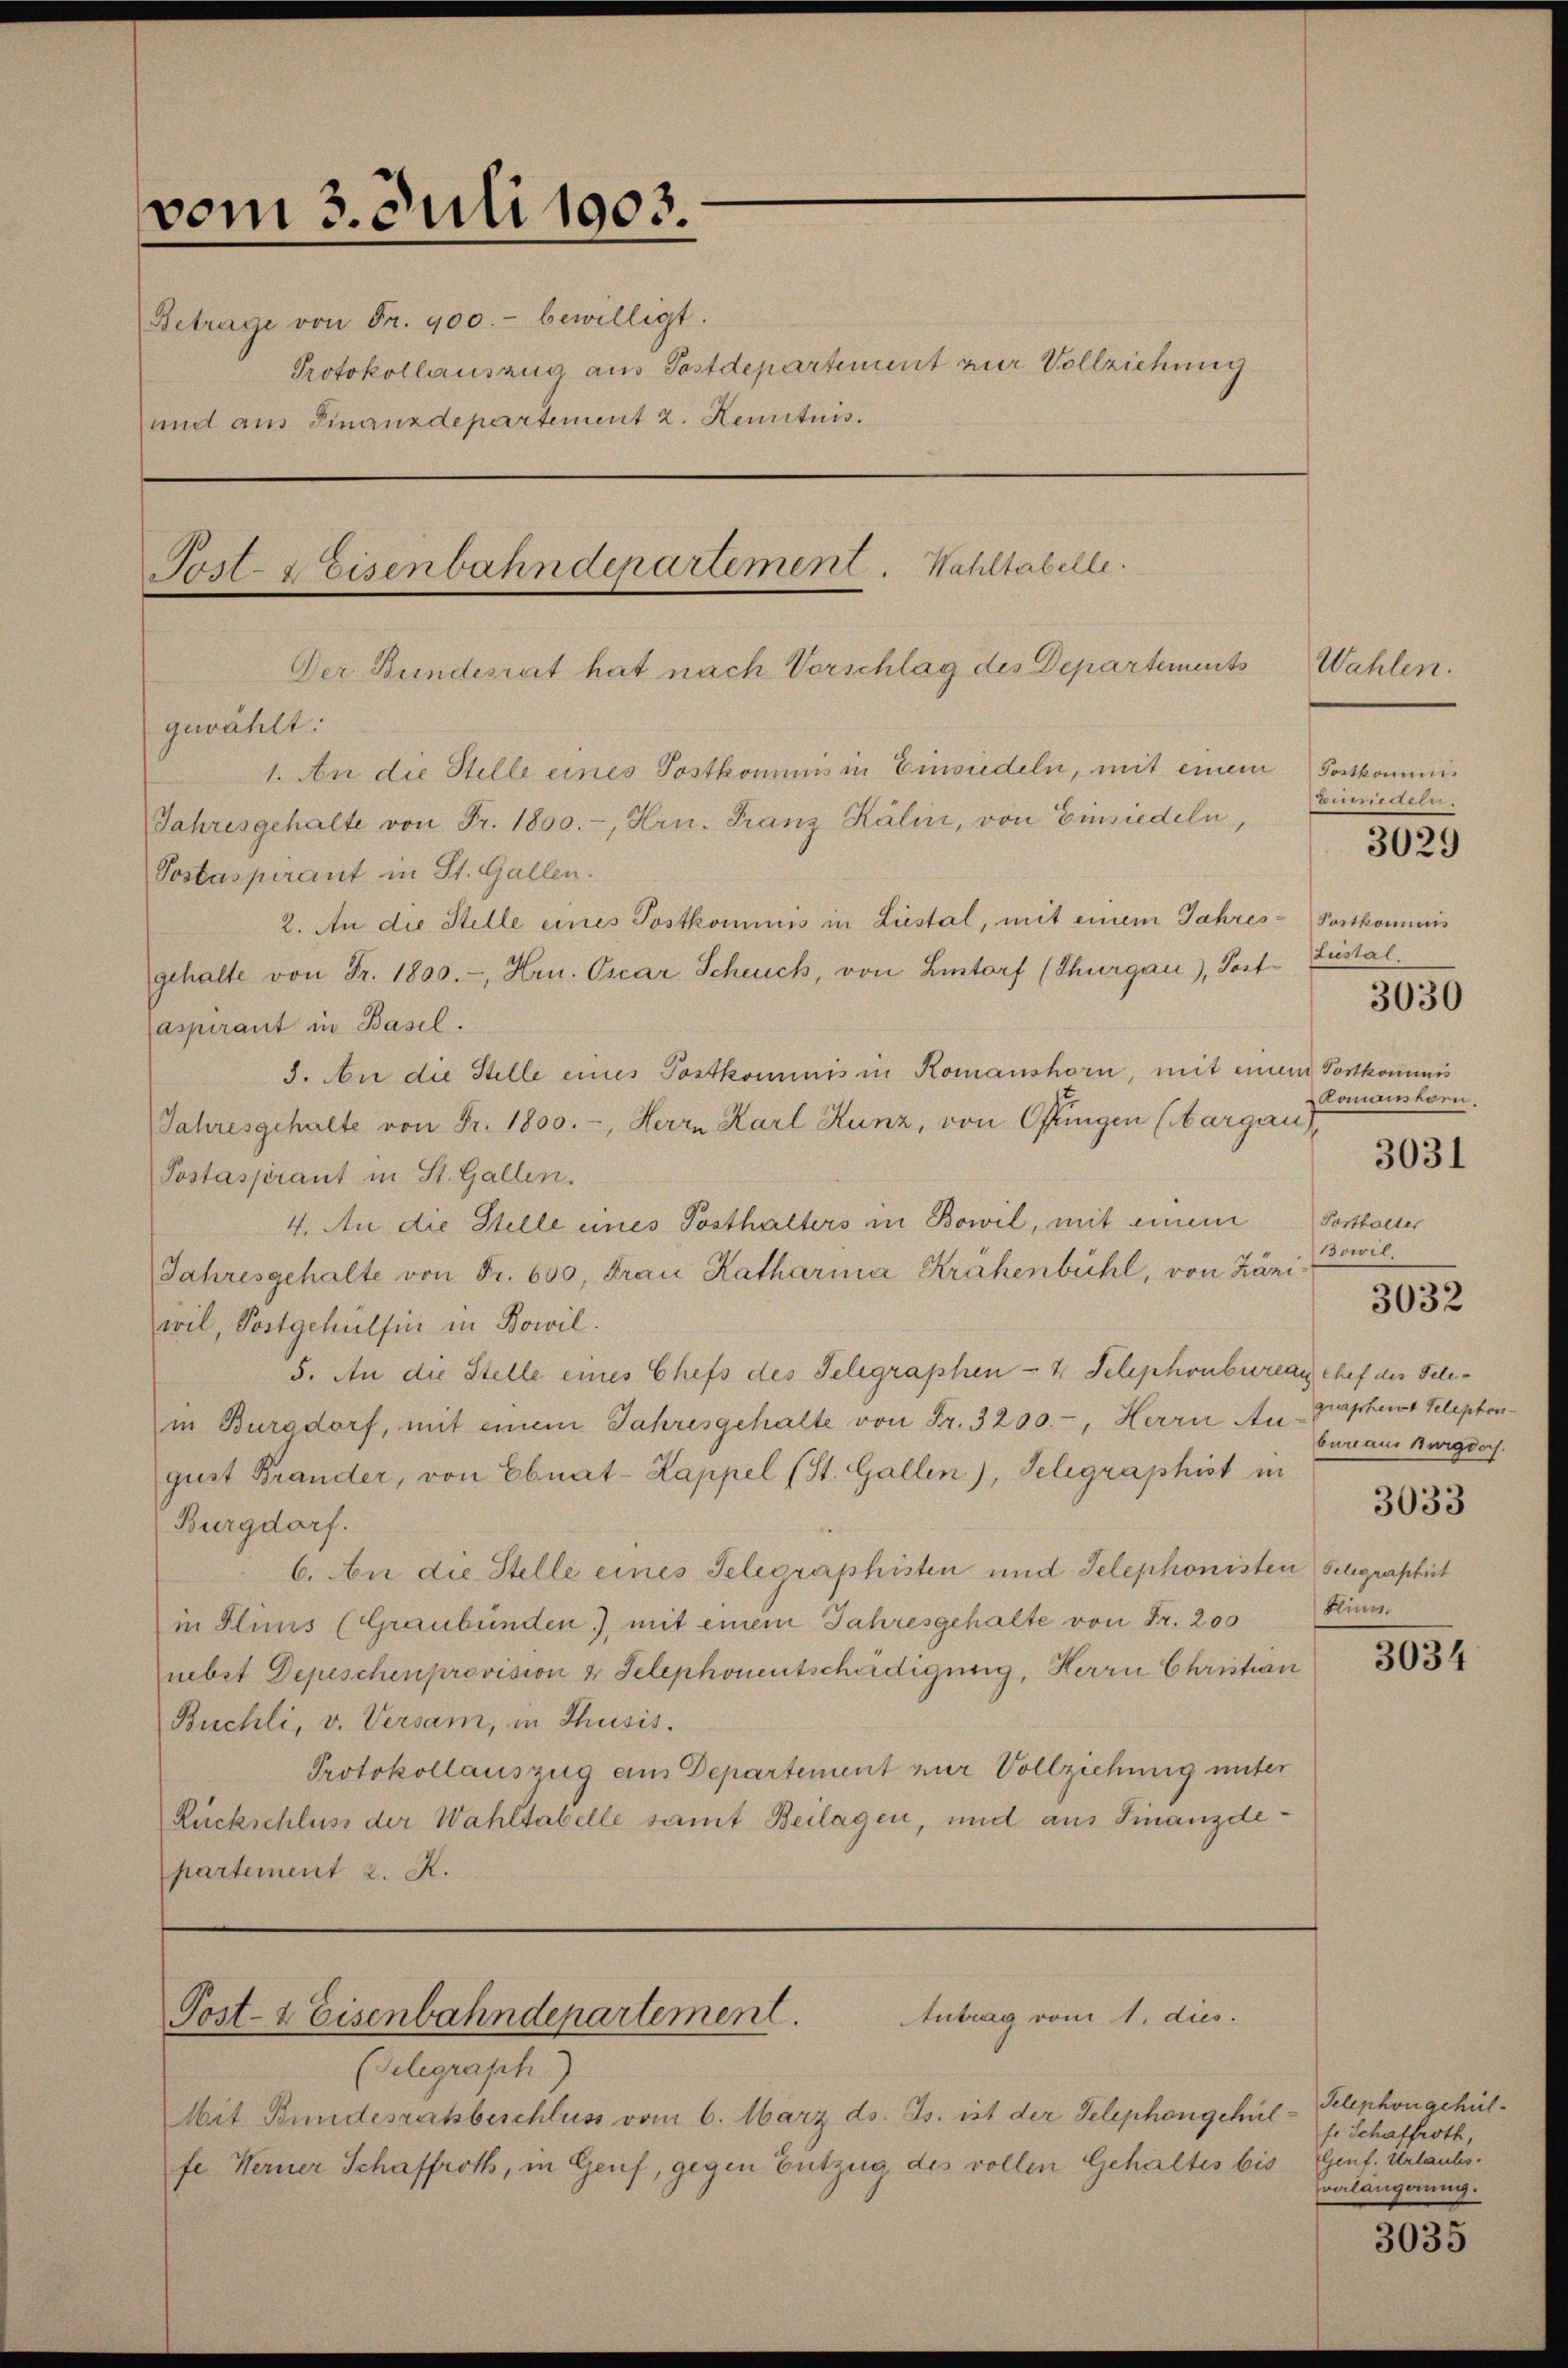
vom 3. Juli 1903.
Betrage von Fr. 900.- bewilligt.
und aus Finanzdepartement 2. Kenntnis.

Post- & Eisenbahndepartement.

Post- & Eisenbahndepartement. Wahltabelle.
Der Bundesrat hat nach Vorschlag des Departements

gewählt:
1. An die Stelle eines Postkommis in Einsiedeln, mit einem
Jahresgehalte von Fr. 1800.-, Hrn. Franz Kälin, von Einsiedeln,
Sostaspirant in St. Gallen.
2. An die Stelle eines Postkommnis in Liestal, mit einem Jahres-Postkommis
gehalte von Fr. 1800.-, Hrn. Oscar Scheuch, von Lintorf (Thurgau), Post-Listal.
aspirant in Basel.
3. An die Stelle eines Postkommnis in Komanshorn, mit einem Postkommis
Jahresgehalte von Fr. 1800.-, Herrn Karl Kunz, von Offungen (bargau,
Postasprant in St. Gallen.
4. An die Stelle eines Posthalters in Bowil, mit einem
Jahresgehalte von Fr. 600, Frau Katharina Krähenbühl, von Zäniwil, Postgehülfen in Bowil.
5. An die Stelle eines Chefs des Telegraphen - 4. Telephonbureau chef des Telein Burgdorf, mit einem Jahresgehalte von Fr. 3200.-, Herrn August Brander, von Ebnat-Kappel (St. Gallen), Gelegraphist in
Burgdorf.
6. An die Stelle eines Telegraphisten und Telephonisten Seligraphist
in Flims (Graubünden), mit einem Jahresgehalte von Fr. 200
nebit Depeschenprovision & Telephonentschädigung, Herrn Christian
Buchli, v. Versam, in Thusis.
Protokollauszug aus Departement zur Vollziehung unter
Rückschluss der Wahltabelle samt Beilagen, und aus Finanzdepartement z. K.

(Telegraph)
Mit Bundesratsbeschluss vom 6. März ds. Js. ist der Telephongehülfe Werner Schaffroth, in Genf, gegen Entzug des vollen Gehaltes bis Genf. Urlaubs¬

Antrag vom 1. dies

Wahlen.
Fortkommis
Beteilen.

Protokollauszug aus Postdepartement zur Vollziehung

3029

3030

Komanstorn.
3031

Porthalter
Bowil.

3032

graphent Telephon
bureaus Burgdorf.

3033

klin.

3034

Telephongehülf. Schaffroth,
valängerung.

3035